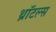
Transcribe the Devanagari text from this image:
थ्रॉटल्स